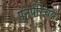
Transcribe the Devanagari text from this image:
पुनर्परिचय